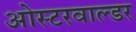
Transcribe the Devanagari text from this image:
ओस्टरवाल्डर